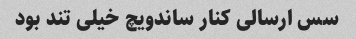
سس ارسالی کنار ساندویچ خیلی تند بود